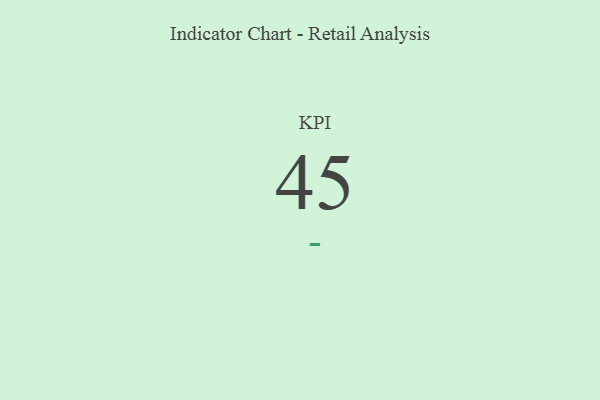
{"axis": {"x": "KPI", "y": "Value"}, "legend": [""], "data": [{"x": "KPI", "y": 45, "type": ""}]}